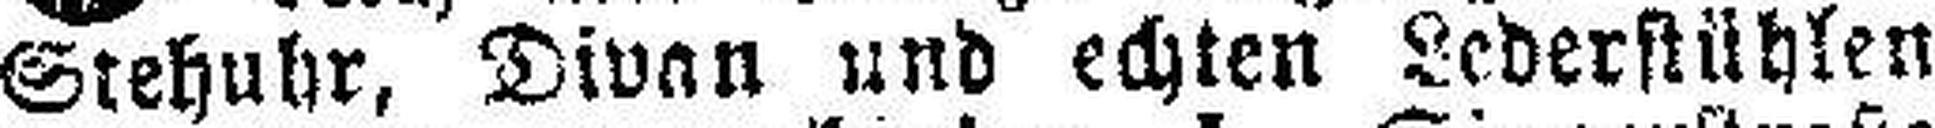
Stehuhr, Divan und echten Lederstühlen